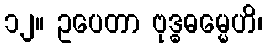
၁၂။ ဥပေတာ ဗုဒ္ဓဓမ္မေဟိ၊